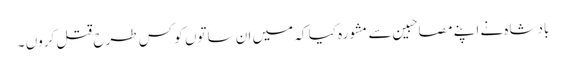
بادشاہ نے اپنے مصاحبین سے مشورہ کیا کہ میں ان ساتوں کو کس طرح قتل کروں ۔